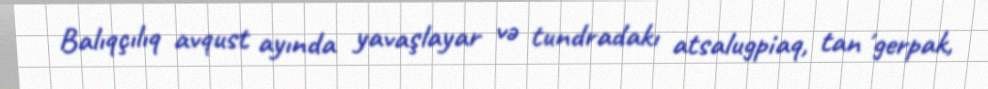
Balıqçılıq avqust ayında yavaşlayar və tundradakı atsalugpiaq, tanʼgerpak,